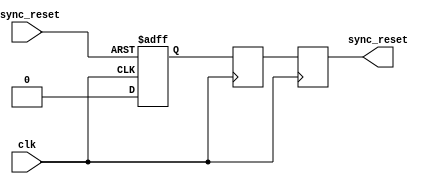
module async_reset_synchronizer (
    input wire clk,                // Clock input
    input wire async_reset,        // Asynchronous reset input
    output reg sync_reset          // Synchronized reset output
);

    // Internal signals for flip-flop stages
    reg ff1, ff2;

    always @(posedge clk or posedge async_reset) begin
        if (async_reset) begin
            ff1 <= 1'b1;           // Assert the first flip-flop on async reset
        end else begin
            ff1 <= 1'b0;           // De-assert the first flip-flop
        end
    end

    always @(posedge clk) begin
        ff2 <= ff1;                // Chain the first flip-flop to the second
    end

    always @(posedge clk) begin
        sync_reset <= ff2;         // Output the synchronized reset
    end

endmodule